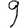
Digit: 9